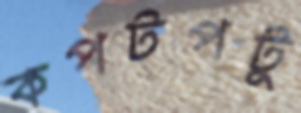
কপটপটু